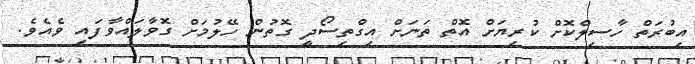
އިބުރަތް ހާސިލްކޮށް ކުރިޔަށް އޮތް ތަނަށް އިގްތިސޯދީ ގޮތުން ހޭލުމަށް ގޮވާލައްވާފައި ވެއެވެ.